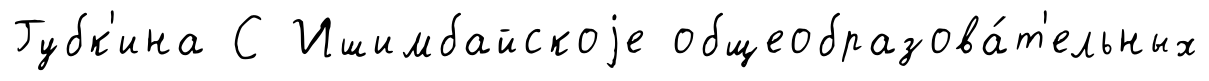
Губк'ина С Ишимбайскоjе общеобразова́т'ельных